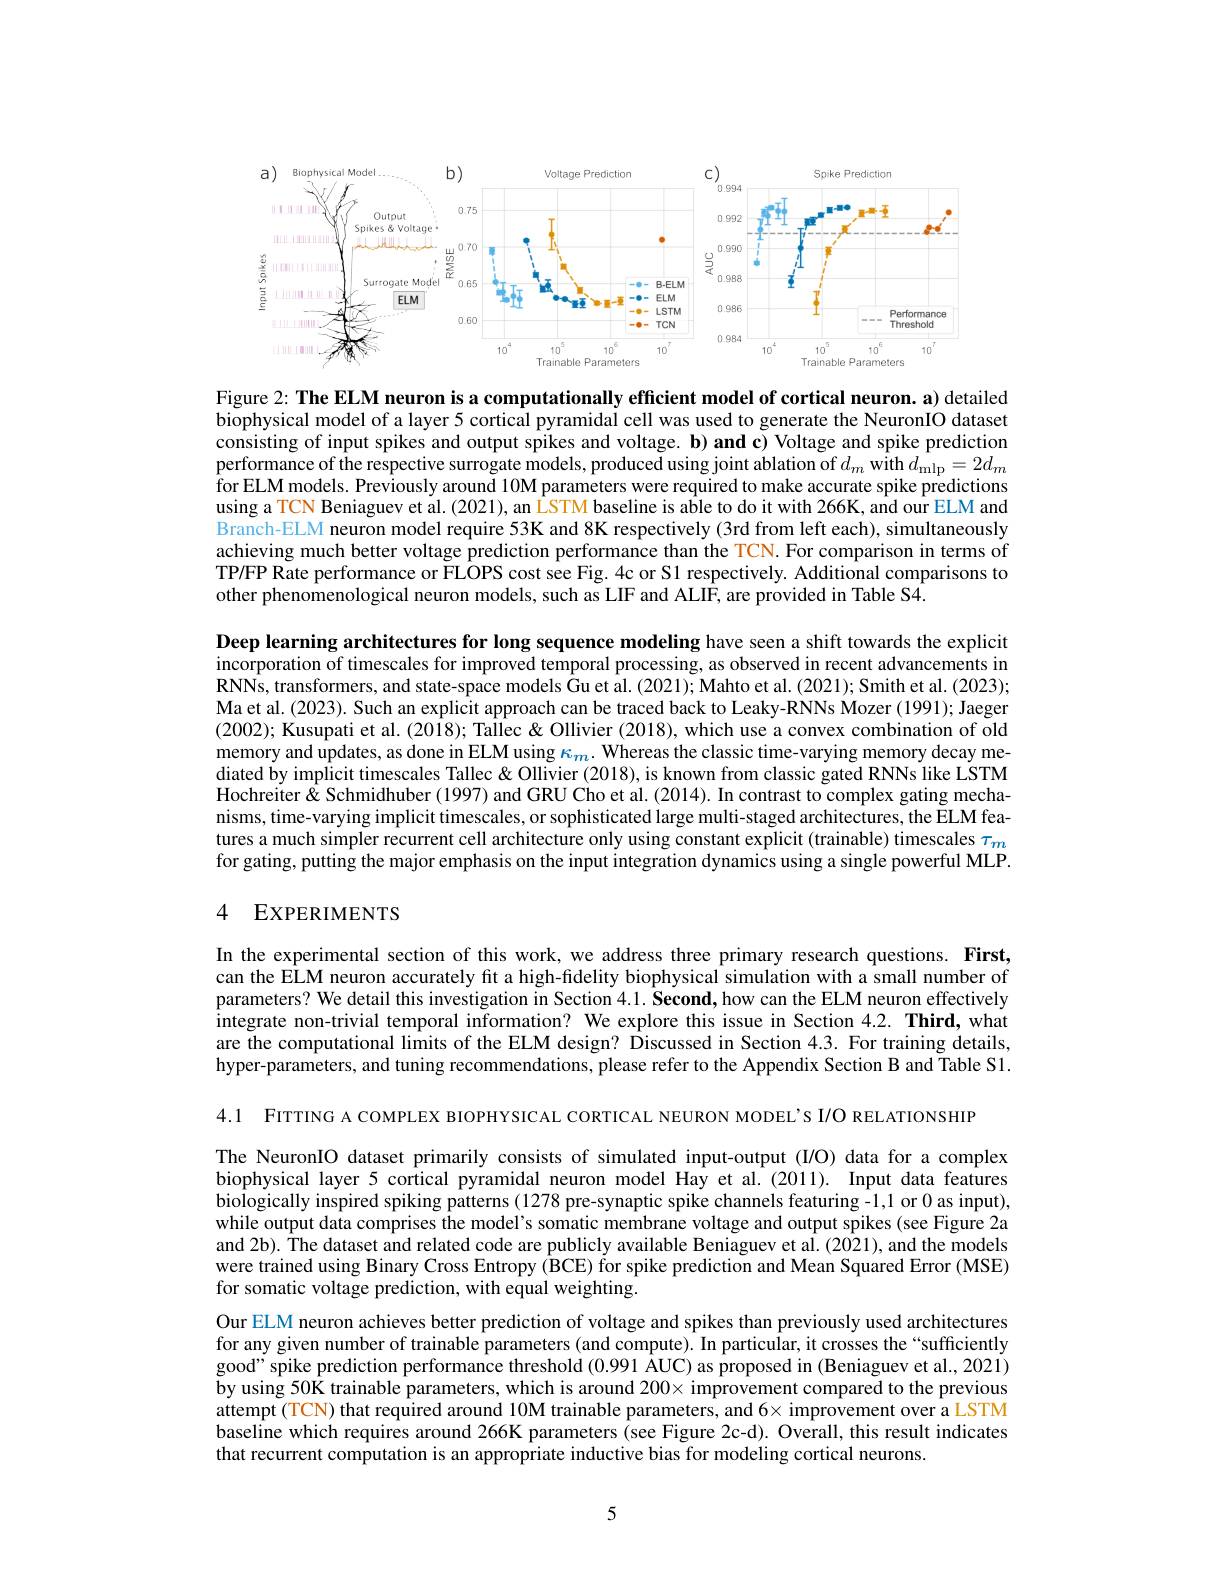
<FigureHere>

Figure 2: The ELM neuron is a computationally efficient model of cortical neuron. a) detailed biophysical model of a layer 5 cortical pyramidal cell was used to generate the NeuronIO dataset consisting of input spikes and output spikes and voltage. b) and c) Voltage and spike prediction performance of the respective surrogate models, produced using joint ablation of $d_m$ with $d_\mathrm{mlp}=2d_m$ for ELM models. Previously around 10M parameters were required to make accurate spike predictions using a TCN Beniaguev et al. (2021), an LSTM baseline is able to do it with 266K, and our ELM and Branch-ELM neuron model require 53K and 8K respectively (3rd from left each), simultaneously achieving much better voltage prediction performance than the TCN. For comparison in terms of TP/FP Rate performance or FLOPS cost see Fig. 4c or S1 respectively. Additional comparisons to other phenomenological neuron models, such as LIF and ALIF, are provided in Table S4.

Deep learning architectures for long sequence modeling have seen a shift towards the explicit incorporation of timescales for improved temporal processing, as observed in recent advancements in RNNs, transformers, and state-space models Gu et al. (2021); Mahto et al. (2021); Smith et al. (2023); Ma et al. (2023). Such an explicit approach can be traced back to Leaky-RNNs Mozer (1991); Jaeger (2002); Kusupati et al. (2018); Tallec & Ollivier (2018), which use a convex combination of old memory and updates, as done in ELM using $\kappa_m.$ Whereas the classic time-varying memory decay mediated by implicit timescales Tallec & Ollivier (2018), is known from classic gated RNNs like LSTM Hochreiter & Schmidhuber (1997) and GRU Cho et al. (2014). In contrast to complex gating mechanisms, time-varying implicit timescales, or sophisticated large multi-staged architectures, the ELM features a much simpler recurrent cell architecture only using constant explicit (trainable) timescales $\tau_m$ for gating, putting the major emphasis on the input integration dynamics using a single powerful MLP.

## 4 EXPERIMENTS

In the experimental section of this work, we address three primary research questions. First, can the ELM neuron accurately fit a high-fidelity biophysical simulation with a small number of parameters? We detail this investigation in Section 4.1. Second, how can the ELM neuron effectively integrate non-trivial temporal information? We explore this issue in Section $4. 2. \textbf{Third, what}$ are the computational limits of the ELM design? Discussed in Section 4.3. For training details, hyper-parameters, and tuning recommendations, please refer to the Appendix Section B and Table S1.

4.1 FITTING A COMPLEX BIOPHYSICAL CORTICAL NEURON MODEL'S I/O RELATIONSHIP

The NeuronIO dataset primarily consists of simulated input-output (I/O) data for a complex biophysical layer 5 cortical pyramidal neuron model Hay et al.(2011). Input data features biologically inspired spiking patterns (1278 pre-synaptic spike channels featuring -1,1 or 0 as input), while output data comprises the model's somatic membrane voltage and output spikes (see Figure 2a and 2b). The dataset and related code are publicly available Beniaguev et al. (2021), and the models were trained using Binary Cross Entropy (BCE) for spike prediction and Mean Squared Error (MSE) for somatic voltage prediction, with equal weighting.

Our ELM neuron achieves better prediction of voltage and spikes than previously used architectures for any given number of trainable parameters (and compute). In particular, it crosses the“sufficiently good" spike prediction performance threshold (0.991 AUC) as proposed in (Beniaguev et al., 2021) by using 50K trainable parameters, which is around $200\times$ improvement compared to the previous attempt (TCN) that required around 10M trainable parameters, and 6× improvement over a LSTM baseline which requires around 266K parameters (see Figure 2c-d). Overall, this result indicates that recurrent computation is an appropriate inductive bias for modeling cortical neurons.

5